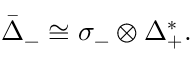
{ \bar { \Delta } } _ { - } \cong \sigma _ { - } \otimes \Delta _ { + } ^ { * } .